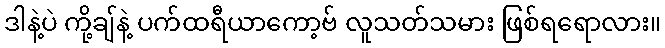
ဒါနဲ့ပဲ ကို့ချ်နဲ့ ပက်ထရီယာကော့ဗ် လူသတ်သမား ဖြစ်ရရောလား။